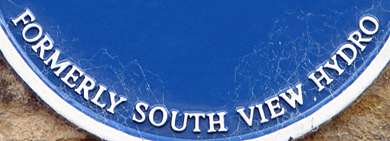
FORMERLY SOUTH VIEW HYDRO